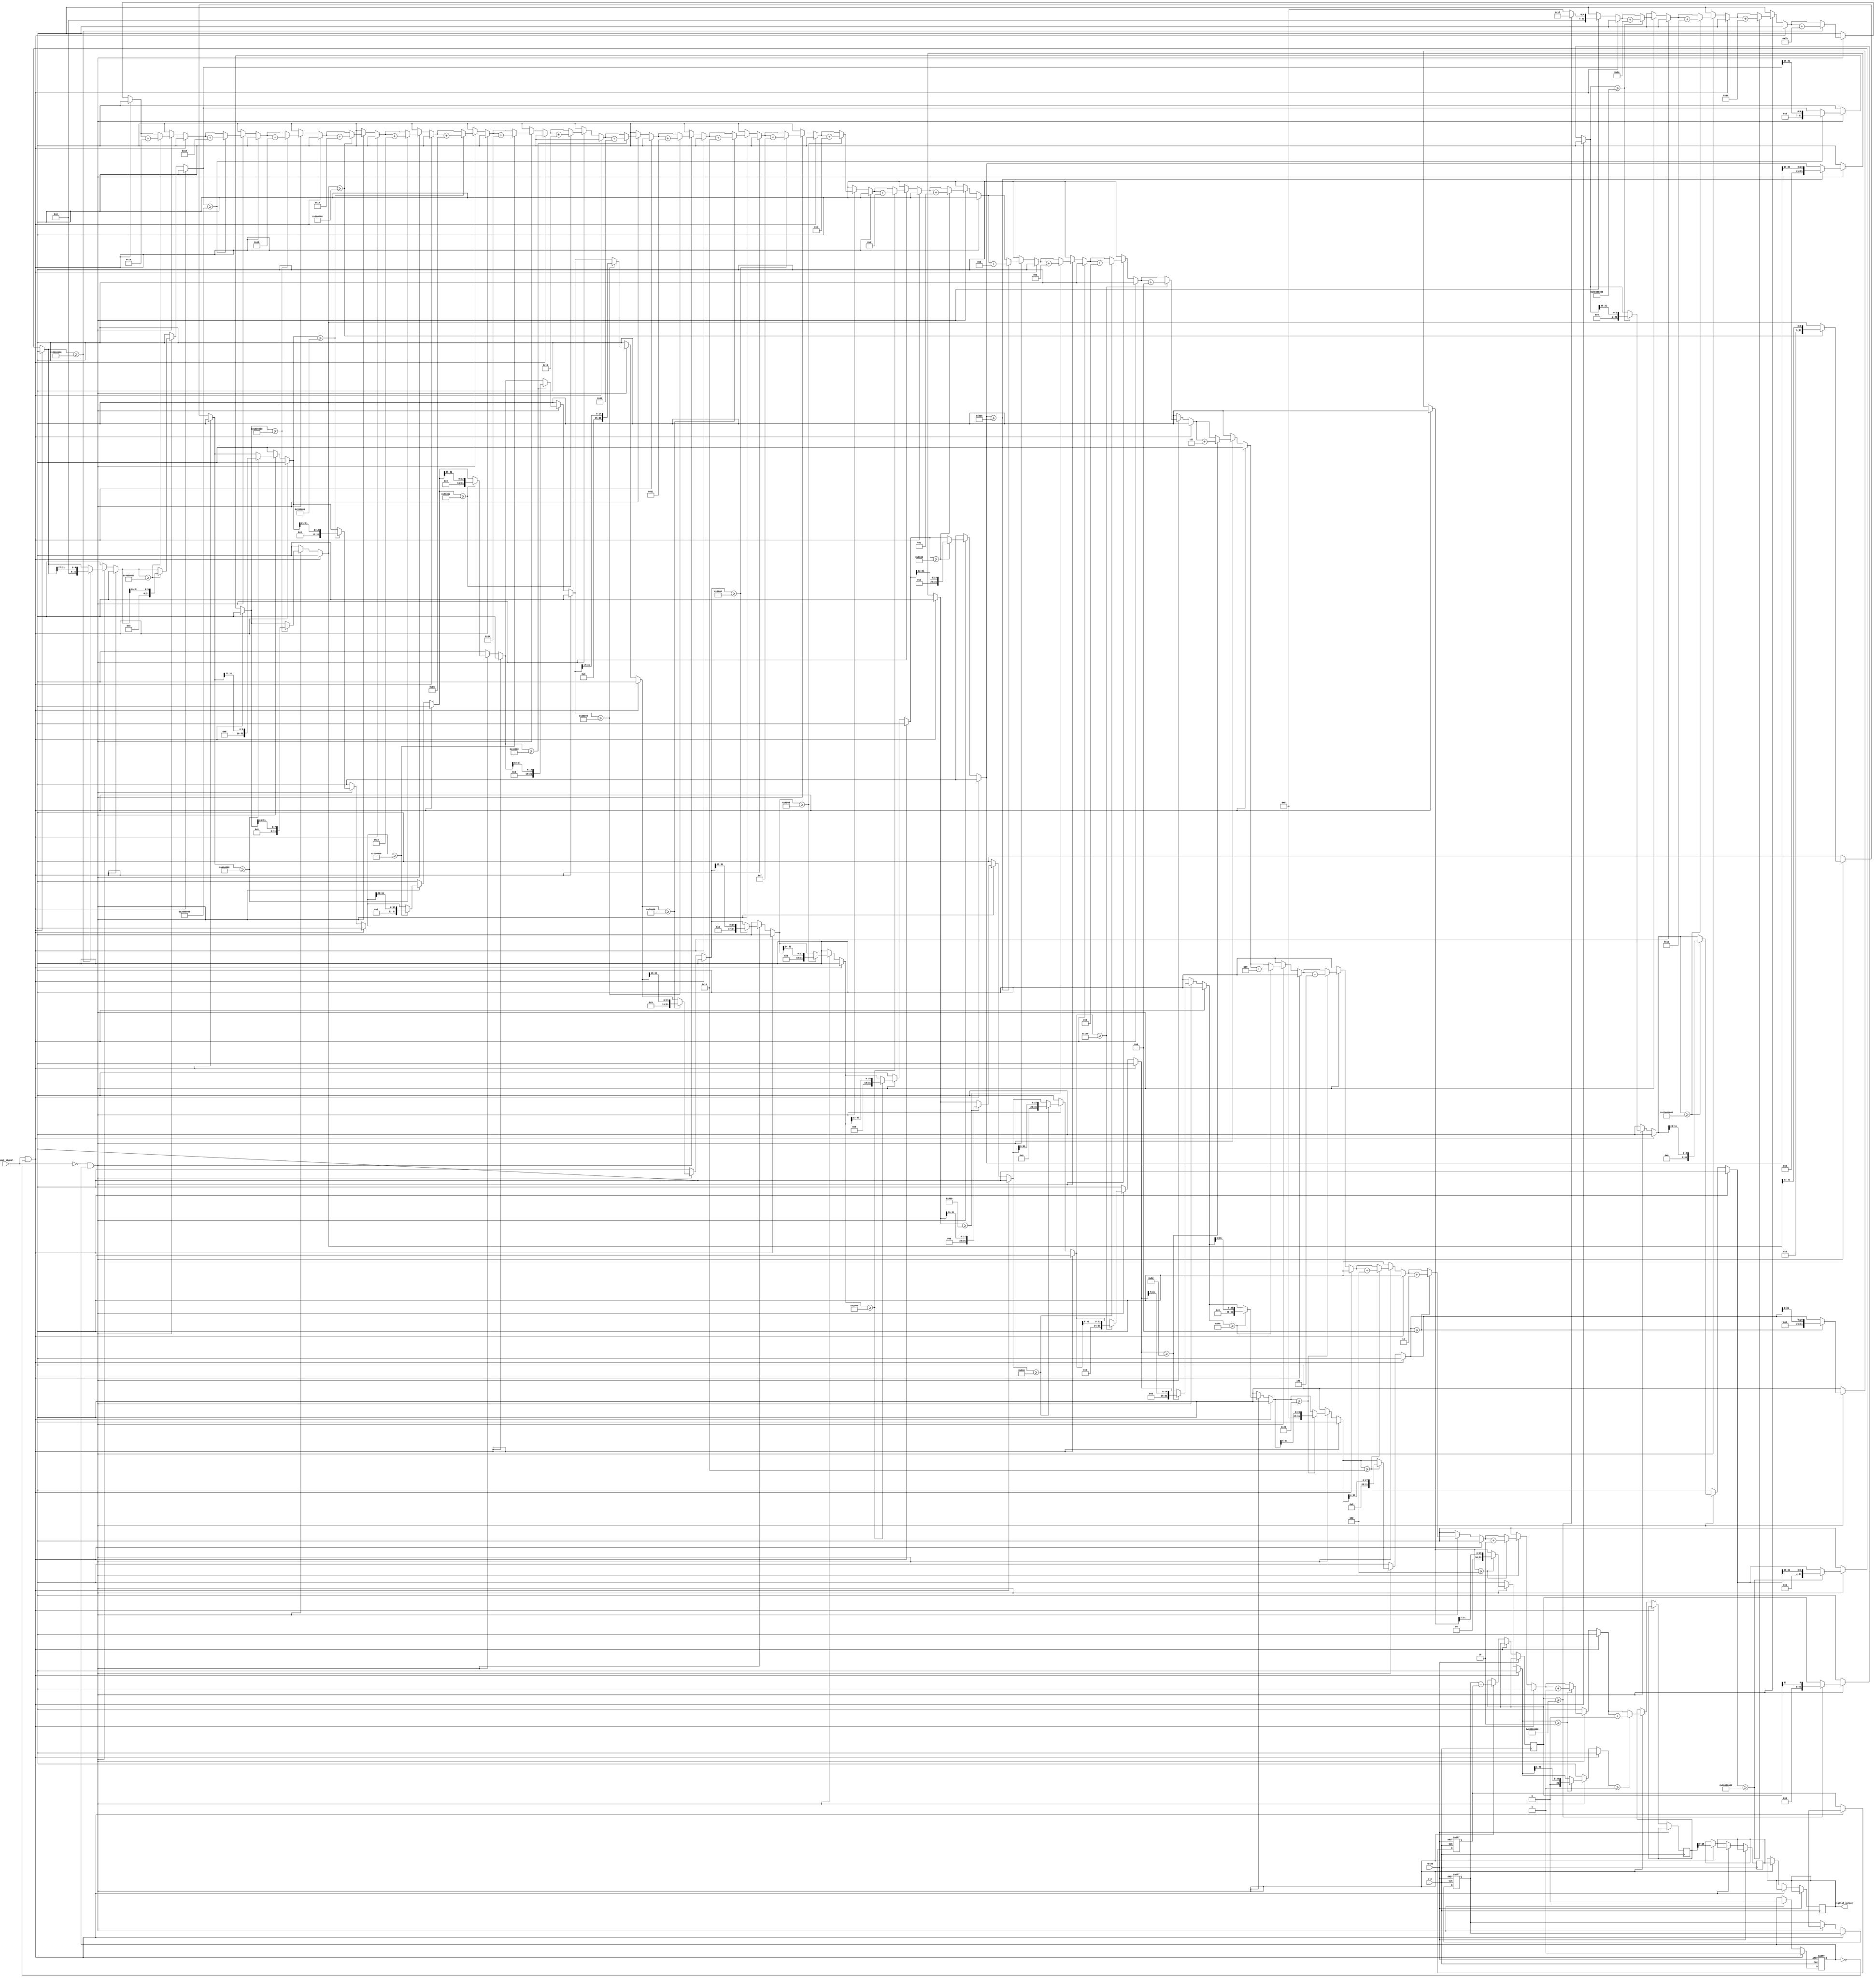
module LogarithmicTDC (
    input wire clk,              // System clock
    input wire reset,            // Reset signal
    input wire input_signal,     // Input signal to measure time intervals
    output reg [15:0] digital_output // Digital output of the TDC
);

// Internal signals
reg comparator_out;            // Comparator output
reg [31:0] timestamp_rise;     // Timestamp for rising edge
reg [31:0] timestamp_fall;     // Timestamp for falling edge
reg [31:0] time_interval;      // Time interval measurement
reg [31:0] log_output;         // Logarithmic output
reg [15:0] quantized_output;   // Quantized output

// Comparator logic & Timestamping
always @(posedge clk or posedge reset) begin
    if (reset) begin
        comparator_out <= 1'b0;
        timestamp_rise <= 32'b0;
        timestamp_fall <= 32'b0;
    end else begin
        if (input_signal && !comparator_out) begin
            // Rising edge detected
            comparator_out <= 1'b1;
            timestamp_rise <= $time; // Capture the timestamp
        end else if (!input_signal && comparator_out) begin
            // Falling edge detected
            comparator_out <= 1'b0;
            timestamp_fall <= $time; // Capture the timestamp
            time_interval <= timestamp_fall - timestamp_rise; // Measure time interval

            // Logarithmic processing
            log_output <= log2(time_interval); // Call function to compute log
            quantized_output <= quantize(log_output); // Quantize the log output
            digital_output <= quantized_output; // Update digital output
        end
    end
end

// Function to compute logarithm (base 2)
function [31:0] log2;
    input [31:0] value;
    integer i;
    begin
        log2 = 0;
        for (i = 31; i >= 0; i = i - 1) begin
            if (value >= (1 << i)) begin
                value = value >> i;
                log2 = log2 + i;
            end
        end
    end
endfunction

// Function to quantize the logarithmic output
function [15:0] quantize;
    input [31:0] log_value;
    begin
        // Simple quantization logic
        quantize = log_value[15:0]; // Take lower 16 bits as quantized output
    end
endfunction

endmodule